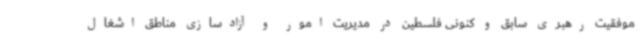
موفقیت رهبری سابق و کنونی فلسطین در مدیریت امور و آزادسازی مناطق اشغال